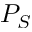
P _ { S }